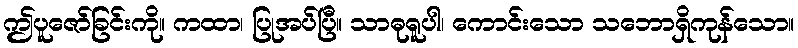
ဤပူဇော်ခြင်းကို။ ကထာ၊ ပြုအပ်ပြီ။ သာဓုရူပါ၊ ကောင်းသော သဘောရှိကုန်သော။